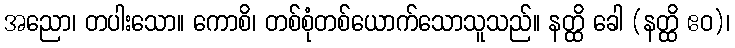
အညော၊ တပါးသော။ ကောစိ၊ တစ်စုံတစ်ယောက်သောသူသည်။ နတ္ထိ ခေါ (နတ္ထိ ဧဝ)၊